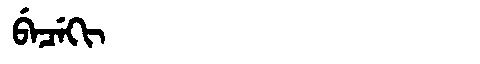
Manchu: ᠪᡝᠴᡝᡴᡳ
Romanization: BECEKI